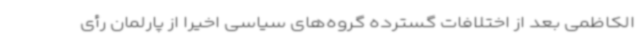
الکاظمی بعد از اختلافات گسترده گروه‌های سیاسی اخیرا از پارلمان رأی